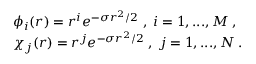
\begin{array} { l } { { \phi _ { i } ( r ) = r ^ { i } e ^ { - \sigma r ^ { 2 } / 2 } \; , \; i = 1 , . . . , M \; , } } \\ { { \chi _ { j } ( r ) = r ^ { j } e ^ { - \sigma r ^ { 2 } / 2 } \; , \; j = 1 , . . . , N \; . } } \end{array}